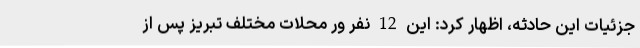
جزئیات این حادثه، اظهار کرد: این 12 نفر ور محلات مختلف تبریز پس از